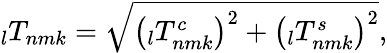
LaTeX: \phantom{}_{l}T_{nmk}=\sqrt{\left(\phantom{}_{l}T_{nmk}^{c}\right)^{2}+\left(\phantom{}_{l}T_{nmk}^{s}\right)^{2}},